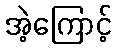
အဲ့ကြောင့်